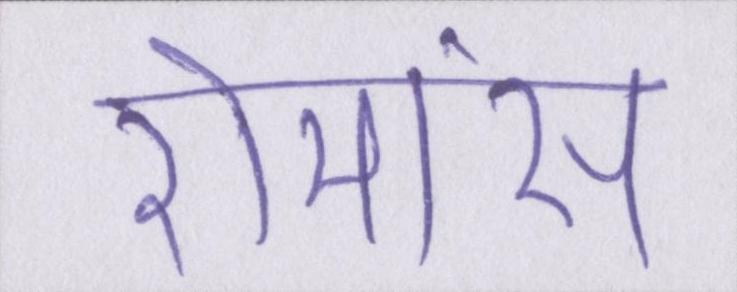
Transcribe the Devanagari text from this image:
रोमांस